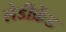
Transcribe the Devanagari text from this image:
लेडीफ्रेंड